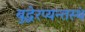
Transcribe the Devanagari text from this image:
बुद्धेरप्यन्तस्थं